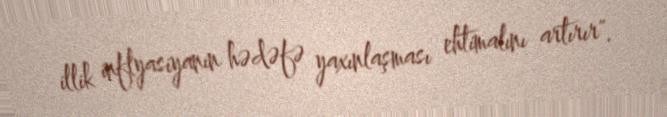
illik inflyasiyanın hədəfə yaxınlaşması ehtimalını artırır".